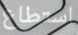
استطاع